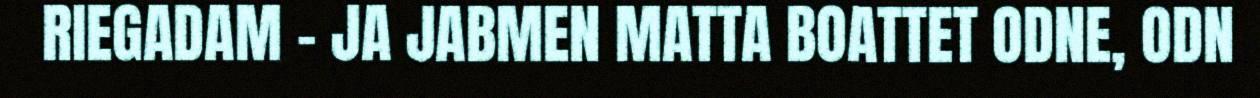
RIEGADAM – JA JABMEN MATTA BOATTET ODNE, ODN